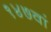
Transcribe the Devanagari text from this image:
१४७वां